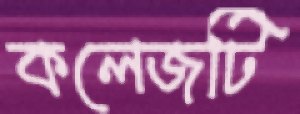
কলেজটি